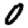
Digit: 0